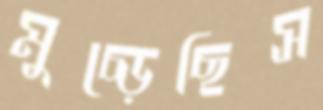
মুচ্‌ড়েছিস